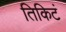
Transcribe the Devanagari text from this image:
तिकिटं